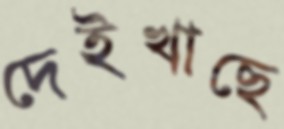
দেইখাছে